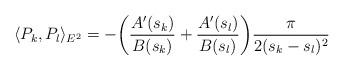
LaTeX: \begin{align*} \langle P_k,P_l \rangle_{E^2} = -\bigg( \frac{A'(s_k)}{B(s_k)} + \frac{A'(s_l)}{B(s_l)}\bigg)\frac{\pi}{2(s_k-s_l)^2}\end{align*}